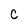
Character: C